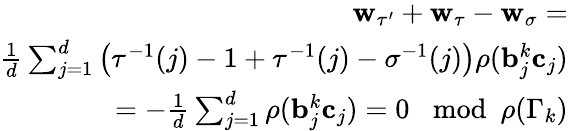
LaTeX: \begin{array}{r}{\mathbf{w}_{\tau^{\prime}}+\mathbf{w}_{\tau}-\mathbf{w}_{\sigma}=}\\ {\frac{1}{d}\sum_{j=1}^{d}\left(\tau^{-1}(j)-1+\tau^{-1}(j)-\sigma^{-1}(j)\right)\rho(\mathbf{b}_{j}^{k}\mathbf{c}_{j})}\\ {=-\frac{1}{d}\sum_{j=1}^{d}\rho(\mathbf{b}_{j}^{k}\mathbf{c}_{j})=0\mod\rho(\Gamma_{k})}\end{array}